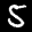
Label: 5